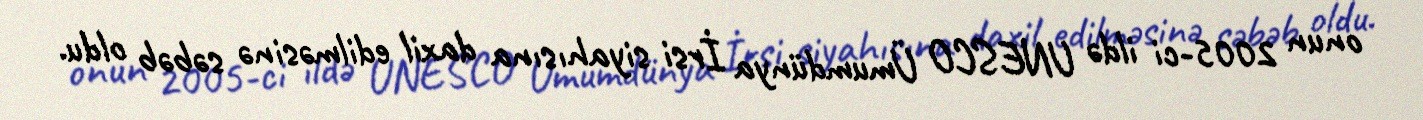
onun 2005-ci ildə UNESCO Ümumdünya İrsi siyahısına daxil edilməsinə səbəb oldu.